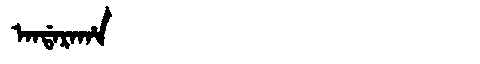
Manchu: ᠠᠨᡩᠠᡵᠠᡥᠠ
Romanization: ANDARAHA